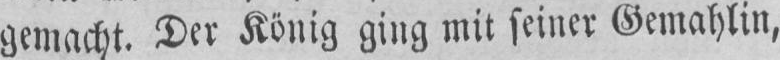
gemacht. Der König ging mit seiner Gemahlin,